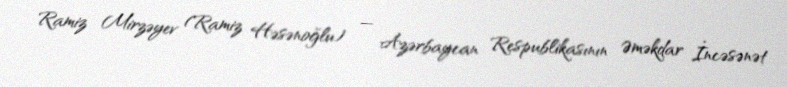
Ramiz Mirzəyev (Ramiz Həsənoğlu) — Azərbaycan Respublikasının Əməkdar İncəsənət